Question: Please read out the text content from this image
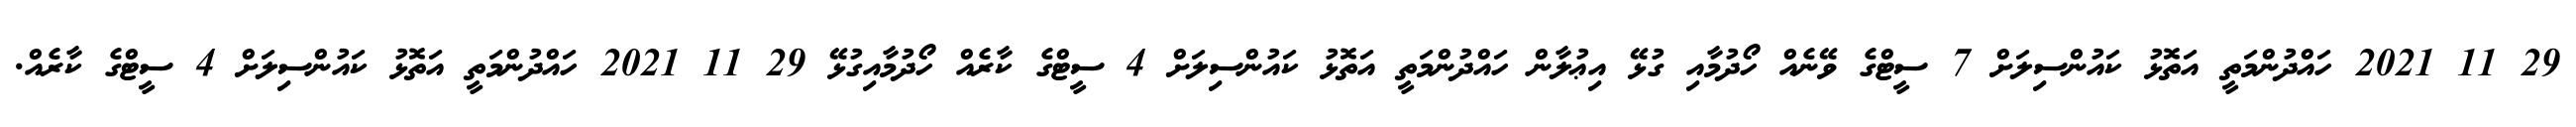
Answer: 29 11 2021 ހައްދުންމަތީ އަތޮޅު ކައުންސިލަށް 7 ސީޓްގެ ވޭނެއް ހޯދުމާއި ގުޅޭ އިޢުލާން ހައްދުންމަތީ އަތޮޅު ކައުންސިލަށް 4 ސީޓްގެ ކާރެއް ހޯދުމާއިގުޅޭ 29 11 2021 ހައްދުންމަތީ އަތޮޅު ކައުންސިލަށް 4 ސީޓްގެ ކާރެއް.